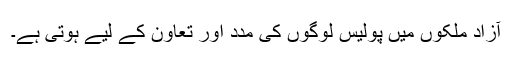
آزاد ملکوں میں پولیس لوگوں کی مدد اور تعاون کے لیے ہوتی ہے۔